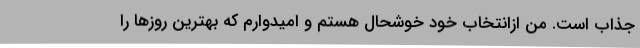
جذاب است. من ازانتخاب خود خوشحال هستم و امیدوارم که بهترین روزها را